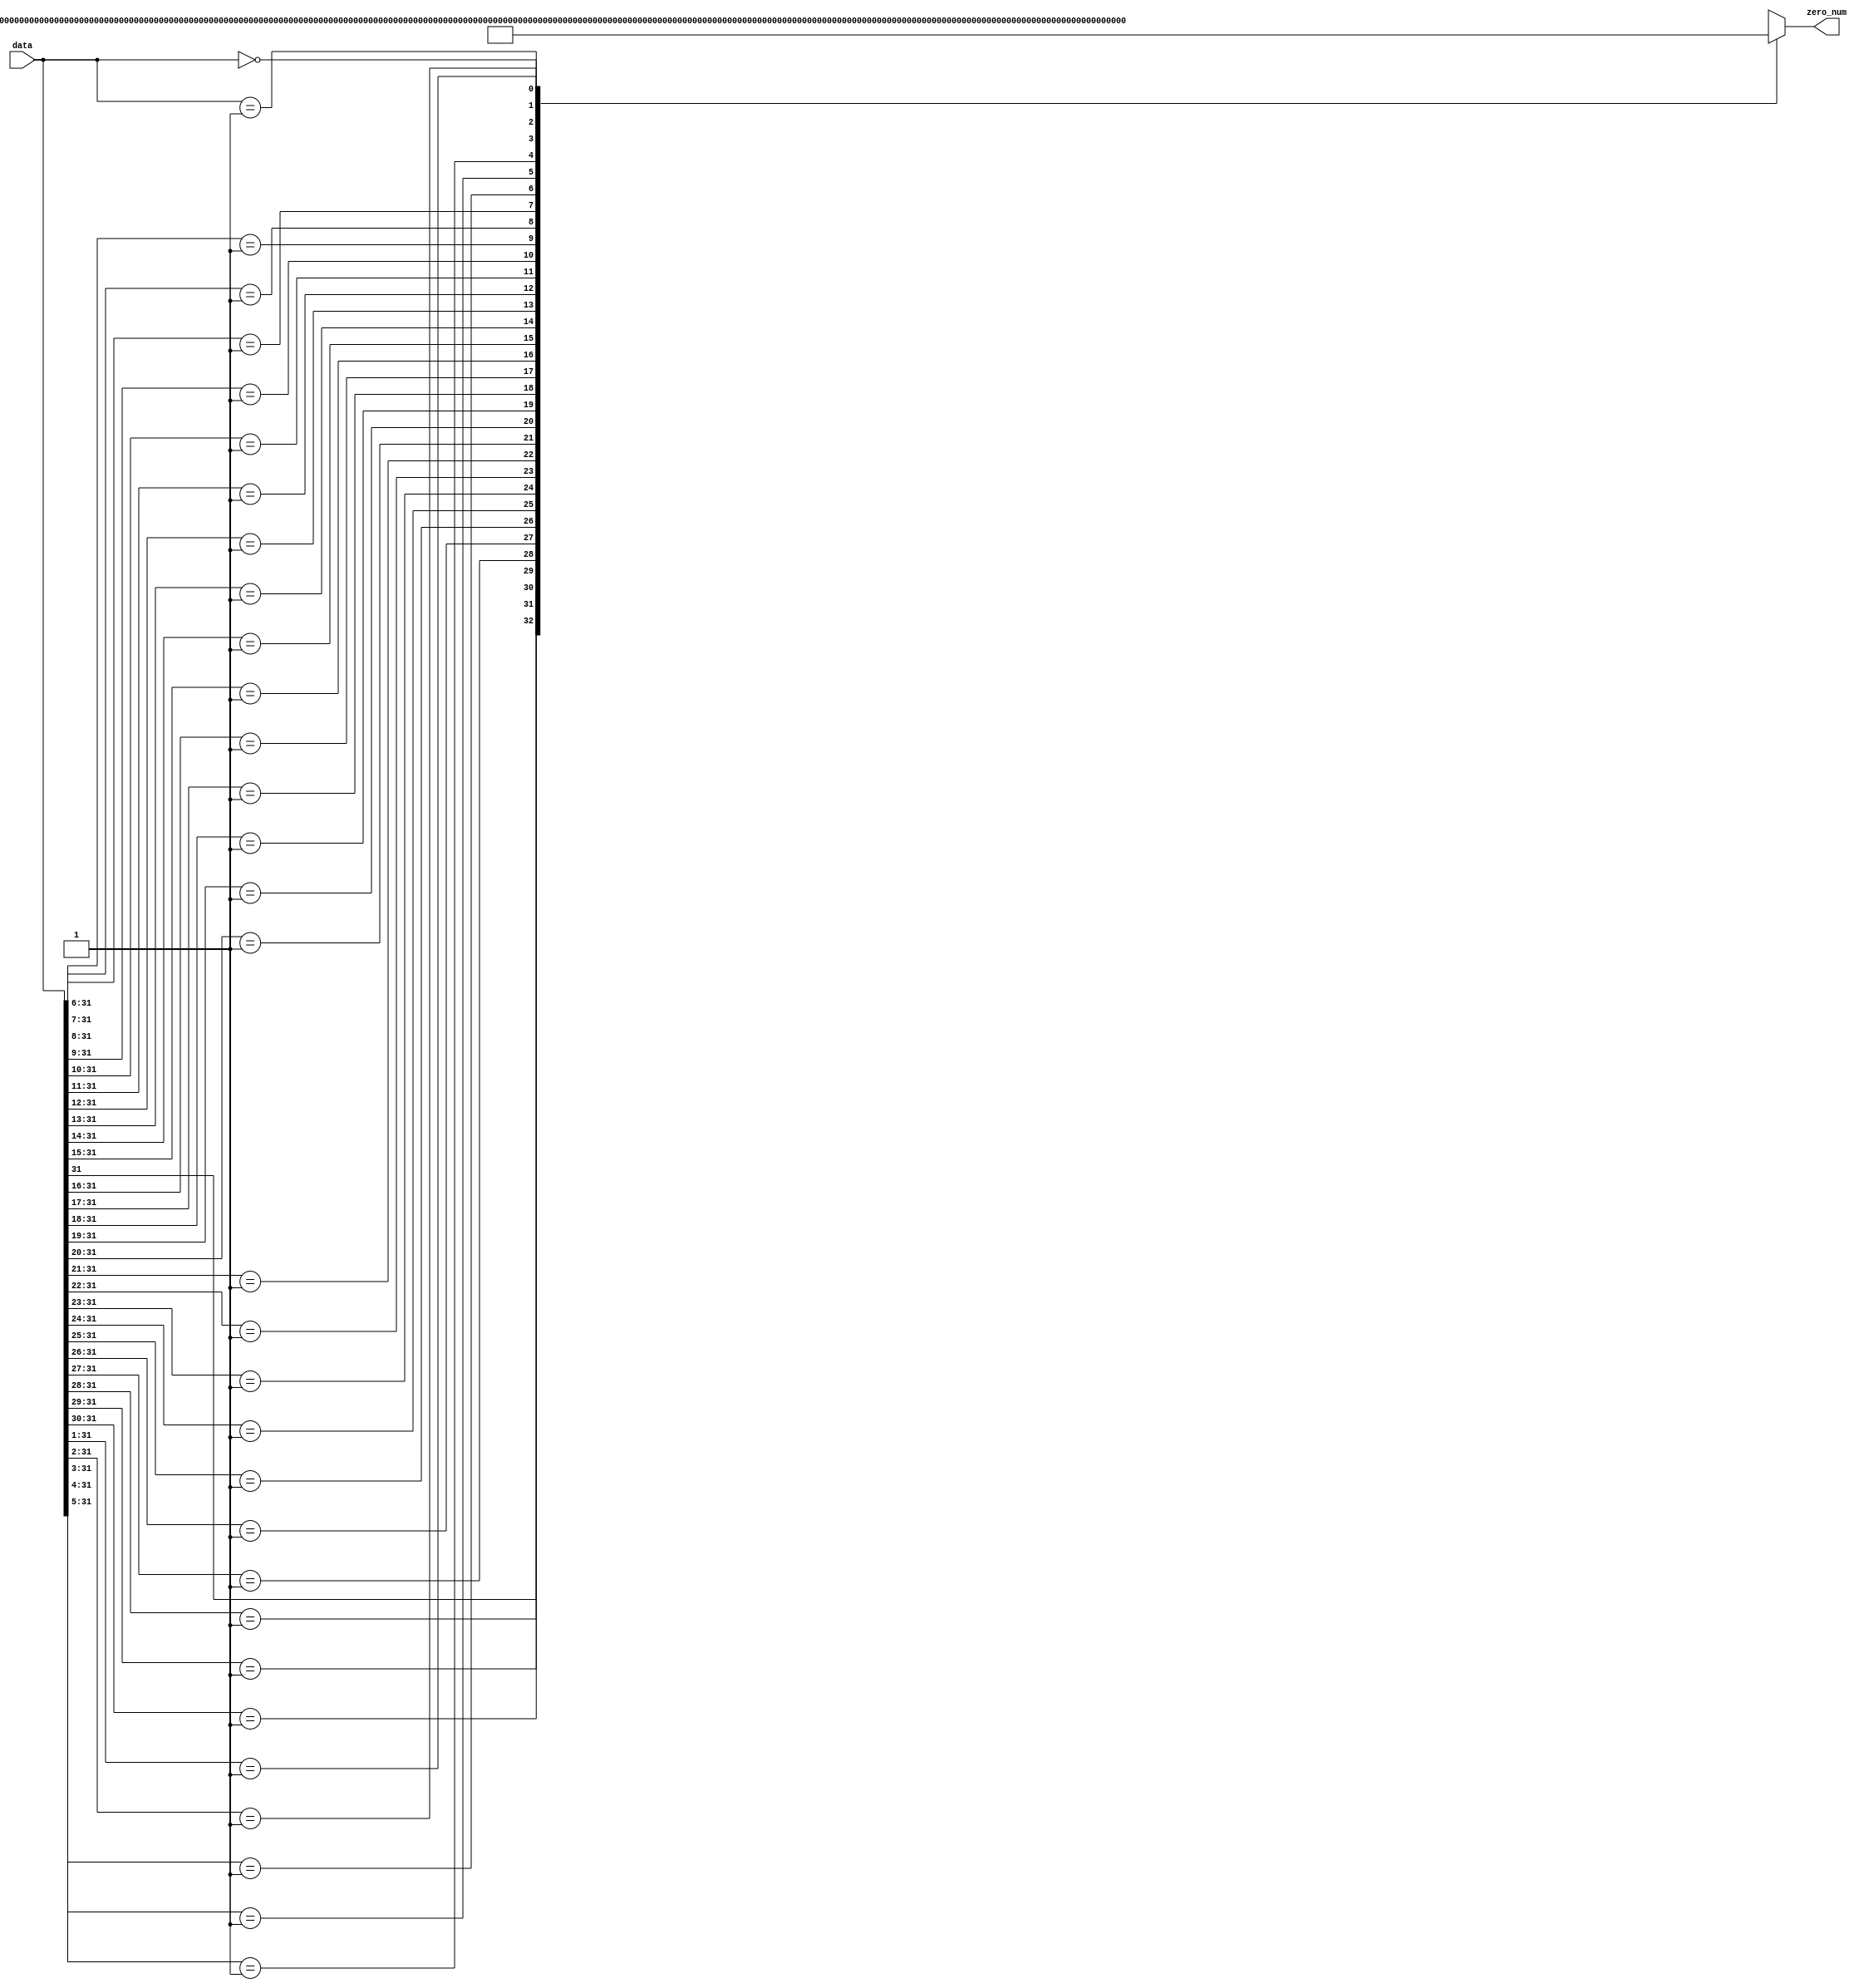
`timescale 1ns / 1ps
module zero_num(
    input [31:0] data,
    output reg [31:0] zero_num
    );
    always @ (*) begin
        casex (data)
            32'b1xxxxxxxxxxxxxxxxxxxxxxxxxxxxxxx: zero_num <= 32'h00;
            32'b01xxxxxxxxxxxxxxxxxxxxxxxxxxxxxx: zero_num <= 32'h01;
            32'b001xxxxxxxxxxxxxxxxxxxxxxxxxxxxx: zero_num <= 32'h02;
            32'b0001xxxxxxxxxxxxxxxxxxxxxxxxxxxx: zero_num <= 32'h03;
            32'b00001xxxxxxxxxxxxxxxxxxxxxxxxxxx: zero_num <= 32'h04;
            32'b000001xxxxxxxxxxxxxxxxxxxxxxxxxx: zero_num <= 32'h05;
            32'b0000001xxxxxxxxxxxxxxxxxxxxxxxxx: zero_num <= 32'h06;
            32'b00000001xxxxxxxxxxxxxxxxxxxxxxxx: zero_num <= 32'h07;
            32'b000000001xxxxxxxxxxxxxxxxxxxxxxx: zero_num <= 32'h08;
            32'b0000000001xxxxxxxxxxxxxxxxxxxxxx: zero_num <= 32'h09;
            32'b00000000001xxxxxxxxxxxxxxxxxxxxx: zero_num <= 32'h0a;
            32'b000000000001xxxxxxxxxxxxxxxxxxxx: zero_num <= 32'h0b;
            32'b0000000000001xxxxxxxxxxxxxxxxxxx: zero_num <= 32'h0c;
            32'b00000000000001xxxxxxxxxxxxxxxxxx: zero_num <= 32'h0d;
            32'b000000000000001xxxxxxxxxxxxxxxxx: zero_num <= 32'h0e;
            32'b0000000000000001xxxxxxxxxxxxxxxx: zero_num <= 32'h0f;
            32'b00000000000000001xxxxxxxxxxxxxxx: zero_num <= 32'h10;
            32'b000000000000000001xxxxxxxxxxxxxx: zero_num <= 32'h11;
            32'b0000000000000000001xxxxxxxxxxxxx: zero_num <= 32'h12;
            32'b00000000000000000001xxxxxxxxxxxx: zero_num <= 32'h13;
            32'b000000000000000000001xxxxxxxxxxx: zero_num <= 32'h14;
            32'b0000000000000000000001xxxxxxxxxx: zero_num <= 32'h15;
            32'b00000000000000000000001xxxxxxxxx: zero_num <= 32'h16;
            32'b000000000000000000000001xxxxxxxx: zero_num <= 32'h17;
            32'b0000000000000000000000001xxxxxxx: zero_num <= 32'h18;
            32'b00000000000000000000000001xxxxxx: zero_num <= 32'h19;
            32'b000000000000000000000000001xxxxx: zero_num <= 32'h1a;
            32'b0000000000000000000000000001xxxx: zero_num <= 32'h1b;
            32'b00000000000000000000000000001xxx: zero_num <= 32'h1c;
            32'b000000000000000000000000000001xx: zero_num <= 32'h1d;
            32'b0000000000000000000000000000001x: zero_num <= 32'h1e;
            32'b00000000000000000000000000000001: zero_num <= 32'h1f;
            32'b00000000000000000000000000000000: zero_num <= 32'h20;
        endcase
    end
endmodule